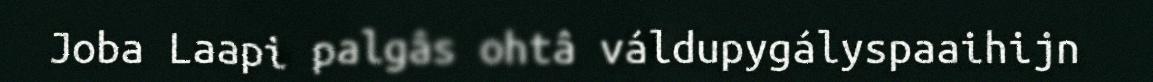
Joba Laapi palgâs ohtâ váldupygályspaaihijn